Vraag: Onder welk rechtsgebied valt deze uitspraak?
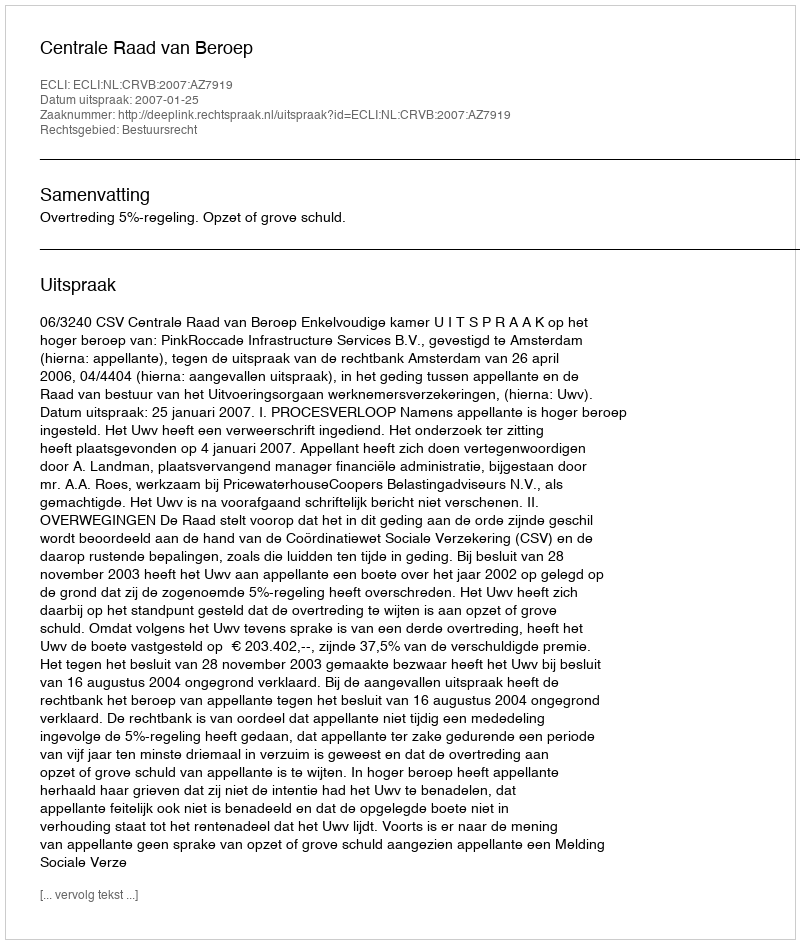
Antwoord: Bestuursrecht